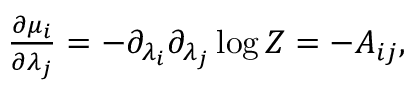
\begin{array} { r } { \frac { \partial \mu _ { i } } { \partial \lambda _ { j } } = - \partial _ { \lambda _ { i } } \partial _ { \lambda _ { j } } \log Z = - A _ { i j } , } \end{array}